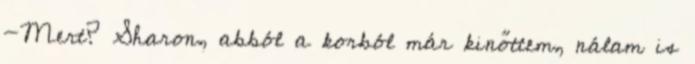
-Mert? Sharon, abból a korból már kinőttem, nálam is